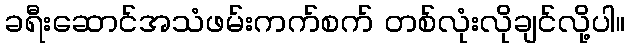
ခရီးဆောင်အသံဖမ်းကက်စက် တစ်လုံးလိုချင်လို့ပါ။